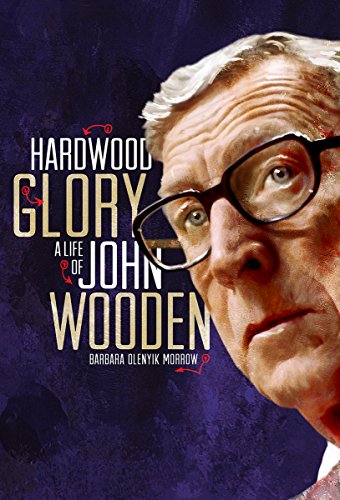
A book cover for Hardwood Glory: A Life of John Wooden (Youth Biography); Barbara Olenyik Morrow; Biographies & Memoirs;